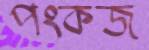
পংকজ